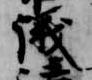
議